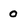
Character: 0